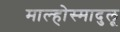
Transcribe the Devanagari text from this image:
माल्होस्मादुलू